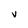
Character: V